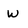
Character: w